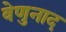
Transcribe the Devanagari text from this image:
वेणुनाद